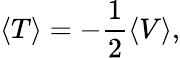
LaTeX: \langle T\rangle=-\frac{1}{2}\langle V\rangle,